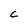
Character: C